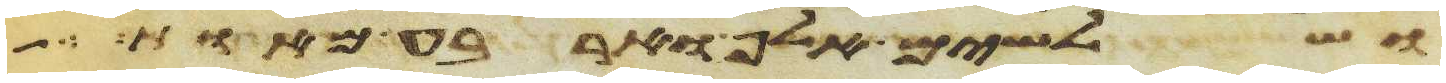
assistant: ושלשים אלף וארבע מאות